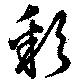
彩